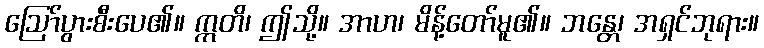
ဩော်ပွားစီးပေ၏။ ဣတိ၊ ဤသို့။ အာဟ၊ မိန့်တော်မူ၏။ ဘန္တေ၊ အရှင်ဘုရား။